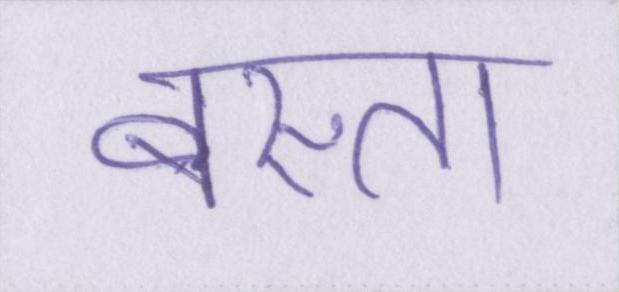
बस्ता